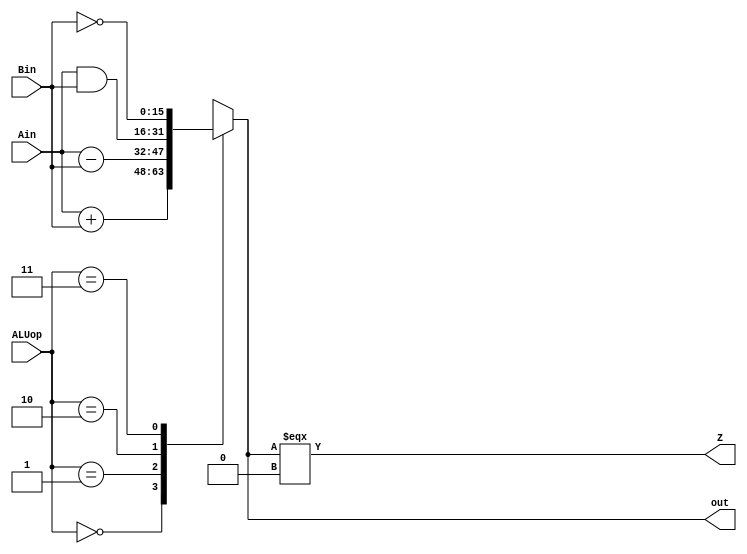
module ALU(Ain,Bin,ALUop,out,Z);
  input [15:0] Ain, Bin;
  input [1:0] ALUop;
  output [15:0] out;
  output Z; //if the main 16-bit result of ALU is 0, Z = 1 else Z = 0
  
  reg [15:0] result;
  assign out = result;
  assign Z = ( result === 16'b0000_0000_0000_0000 );
  
  always @(*) begin
    case(ALUop)
	   2'b00: result = Ain + Bin;
		2'b01: result = Ain - Bin;
		2'b10: result = Ain & Bin;
		2'b11: result = ~Bin;
	   default: result = 16'bxxxx_xxxx_xxxx_xxxx;
	 endcase
  end
  
endmodule